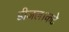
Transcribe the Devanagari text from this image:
डीजल।कटे